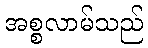
အစ္စလာမ်သည်